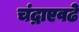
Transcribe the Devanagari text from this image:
चंद्राएवढे